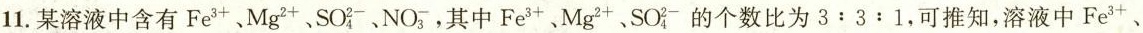
11. 某溶液中含有Fe^{3+}、Mg^{2+}、SO_{4}^{2-}，NO_{3}^{-}，其中Fe^{3+}、Mg^{2+}、SO_{4}^{2-}的个数比为$$3:3:1$$，可推知，溶液中Fe^{3+}、